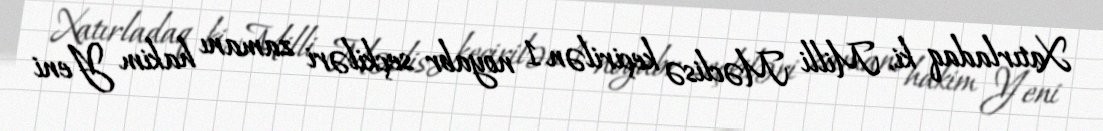
Xatırladaq ki, Milli Məclisə keçirilən 1 noyabr seçkiləri zamanı hakim Yeni